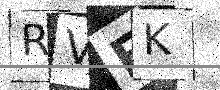
Text: RVEK